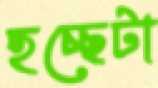
হচ্ছেটা